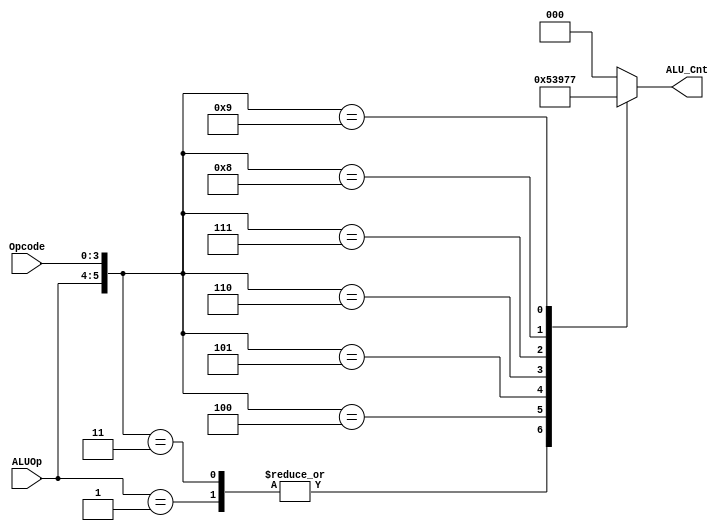
`timescale 1ns / 1ps
////////////////////////////////////////////////////////////////////////////////
// Company: 
// Engineer:
//
// Design Name:    
// Module Name:    alu_control
// Project Name:   
// Target Device:  
// Tool versions:  
// Description:
//
// Dependencies:
// 
// Revision:
// Revision 0.01 - File Created
// Additional Comments:
// 
////////////////////////////////////////////////////////////////////////////////
module alu_control( ALU_Cnt, ALUOp, Opcode);
 output reg[2:0] ALU_Cnt;
 input [1:0] ALUOp;
 input [3:0] Opcode;
 wire [5:0] ALUControlIn;
 assign ALUControlIn = {ALUOp,Opcode};
 always @(ALUControlIn)
 casex (ALUControlIn)
   6'b10xxxx: ALU_Cnt=3'b000;
   6'b01xxxx: ALU_Cnt=3'b001;
   6'b000010: ALU_Cnt=3'b000;
   6'b000011: ALU_Cnt=3'b001;
   6'b000100: ALU_Cnt=3'b010;
   6'b000101: ALU_Cnt=3'b011;
   6'b000110: ALU_Cnt=3'b100;
   6'b000111: ALU_Cnt=3'b101;
   6'b001000: ALU_Cnt=3'b110;
   6'b001001: ALU_Cnt=3'b111;
  default: ALU_Cnt=3'b000;
  endcase
endmodule